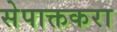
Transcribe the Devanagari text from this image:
सेपाक्तकरा